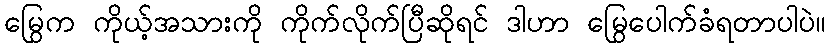
မြွေက ကိုယ့်အသားကို ကိုက်လိုက်ပြီဆိုရင် ဒါဟာ မြွေပေါက်ခံရတာပါပဲ။